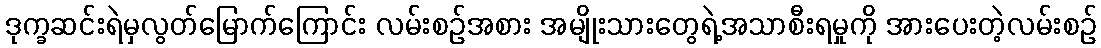
ဒုက္ခဆင်းရဲမှလွတ်မြောက်ကြောင်း လမ်းစဉ်အစား အမျိုးသားတွေရဲ့အသာစီးရမှုကို အားပေးတဲ့လမ်းစဉ်